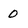
Character: 0